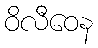
ဝိလီဝေန